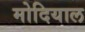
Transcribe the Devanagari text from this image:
मोदियाल